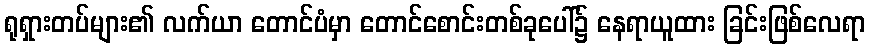
ရုရှားတပ်များ၏ လက်ယာ တောင်ပံမှာ တောင်စောင်းတစ်ခုပေါ်၌ နေရာယူထား ခြင်းဖြစ်လေရာ